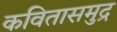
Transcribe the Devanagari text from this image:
कवितासमुद्र